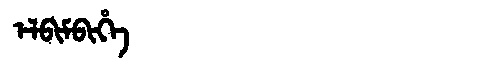
Manchu: ᡝᠯᠪᡳᠮᠪᡳᡥᡝ
Romanization: ELBIMBIHE